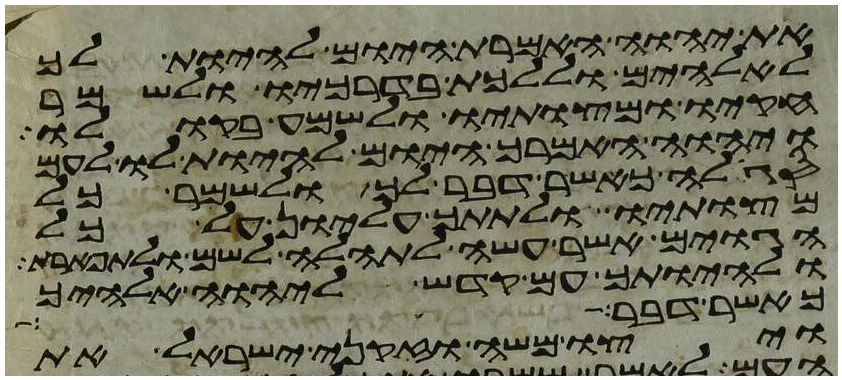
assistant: את יהוה האמרת היום להיות לך
לאלהים וללכת בדרכיו ולשמר
חקיו ומצותיו ולשמע בקולו
ויהוה האמרך היום להיות לו לעם
סגלה כאשר דבר לך ולשמר כל
מצותיו ולתתך עליון על כל
הגוים אשר עשה לתהלה לשם ולתפארת
ולהיותך עם קדש ליהוה אלהיך
כאשר דבר משה
ויצו משה וזקני ישראל את